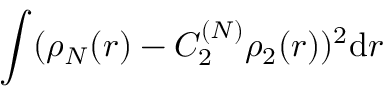
\int ( \rho _ { N } ( r ) - C _ { 2 } ^ { ( N ) } \rho _ { 2 } ( r ) ) ^ { 2 } \mathrm { d } r